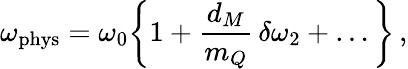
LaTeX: \omega_{\mathrm{phys}}=\omega_{0}\bigg\{ 1+{\frac{d_{M}}{m_{Q}}}\, \delta\omega_{2}+\ldots\bigg\} \, ,